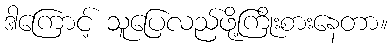
ဒါကြောင့် သူပြေလည်ဖို့ကြိုးစားနေတာ။